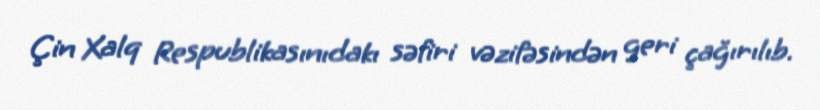
Çin Xalq Respublikasınıdakı səfiri vəzifəsindən geri çağırılıb.